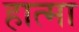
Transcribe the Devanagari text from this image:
हात्मा